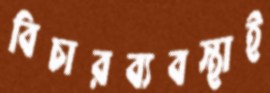
বিচারব্যবস্থাই